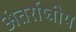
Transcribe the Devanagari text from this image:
अंतर्राष्त्रीय